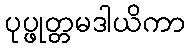
ပုပ္ဖုတ္တမဒါယိကာ